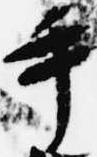
手